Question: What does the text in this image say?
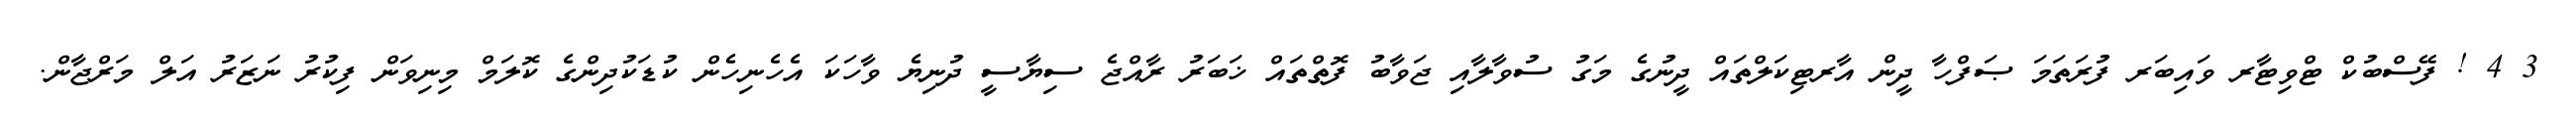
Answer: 3 4 ! ފޭސްބުކް ޓްވިޓާރ ވައިބަރ ފުރަތަމަ ޞަފްހާ ދީން އާރޓިކަލްތައް ދީނުގެ މަގު ސުވާލާއި ޖަވާބު ފޮތްތައް ޚަބަރު ރާއްޖެ ސިޔާސީ ދުނިޔެ ވާހަކަ އެހެނިހެން ކުޑަކުދިންގެ ކޮލަމް މިނިވަން ފިކުރު ނަޒަރު އަލް މަރްޖާން.